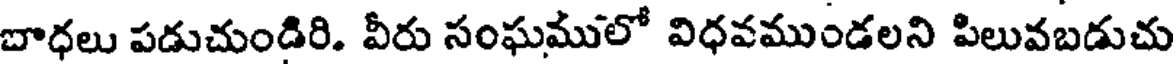
బాధలు పడుచుండిరి. వీరు సంఘములో విధవముండలని పిలువబడుచు